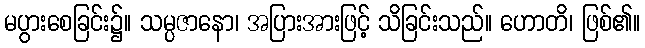
မပွားစေခြင်း၌။ သမ္ပဇာနော၊ အပြားအားဖြင့် သိခြင်းသည်။ ဟောတိ၊ ဖြစ်၏။